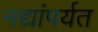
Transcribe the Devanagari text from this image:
नद्यांपर्यत